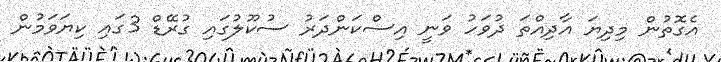
އެގޮތުން މިދިޔަ އާދިއްތަ ދުވަހު ވަނީ އިސްކަންދަރު ސުކޫލުގައި ގުރޭޑް 3ގައި ކިޔަވަމުން